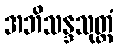
အဘိသန္ဒသုတ္တံ